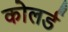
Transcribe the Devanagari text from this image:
कोलर्ड